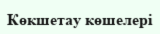
Көкшетау көшелері